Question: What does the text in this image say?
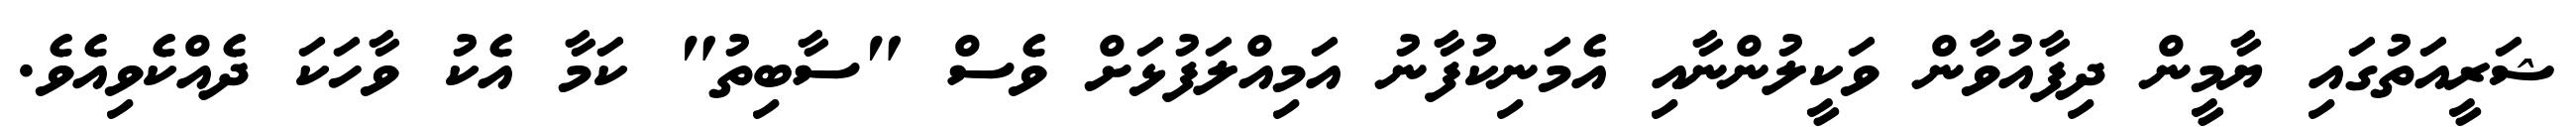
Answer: ޝަރީއަތުގައި ޔާމީން ދިފާއުވާން ވަކީލުންނާއި އެމަނިކުފާނު އަމިއްލަފުޅަށް ވެސް "ސާބިތު" ކަމާ އެކު ވާހަކަ ދެއްކެވިއެވެ.